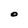
Character: O